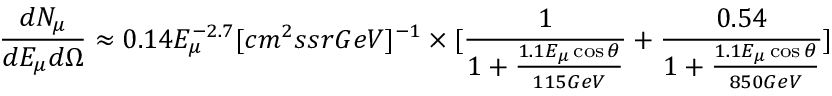
\frac { d N _ { \mu } } { d E _ { \mu } d \Omega } \approx 0 . 1 4 E _ { \mu } ^ { - 2 . 7 } [ c m ^ { 2 } s s r G e V ] ^ { - 1 } \times [ \frac { 1 } { 1 + \frac { 1 . 1 E _ { \mu } \cos \theta } { 1 1 5 G e V } } + \frac { 0 . 5 4 } { 1 + \frac { 1 . 1 E _ { \mu } \cos \theta } { 8 5 0 G e V } } ]